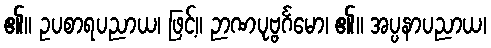
၏။ ဥပစာရပညာယ၊ ဖြင့်။ ဉာဏပုဗ္ဗင်္ဂမော၊ ၏။ အပ္ပနာပညာယ၊